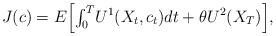
LaTeX: \begin{align*}J(c)=E\Big[{\textstyle\int_{0}^{T}}U^{1}(X_{t},c_{t})dt+\theta U^{2}( X_{T})\Big],\end{align*}